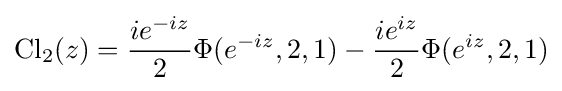
{\text{Cl}}_{2}(z)={\frac {ie^{-iz}}{2}}\Phi (e^{-iz},2,1)-{\frac {ie^{iz}}{2}}\Phi (e^{iz},2,1)